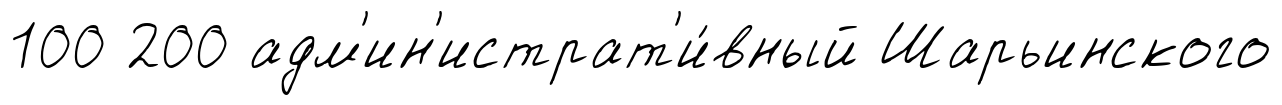
100 200 адм'ин'истрат'и́вный Шарьинского